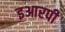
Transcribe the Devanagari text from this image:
इआरपी